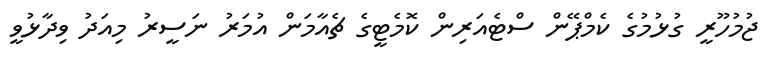
ޖުމުހޫރީ ގުޅުމުގެ ކެމްޕޭން ސްޓެއަރިން ކޮމެޓީގެ ޗެއާމަން އުމަރު ނަސީރު މިއަދު ވިދާޅުވީ